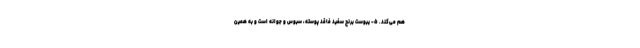
هم می‌کند. ۵- یبوست برنج سفید فاقد پوسته، سبوس و جوانه است و به همین